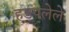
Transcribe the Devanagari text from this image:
हडपलेले